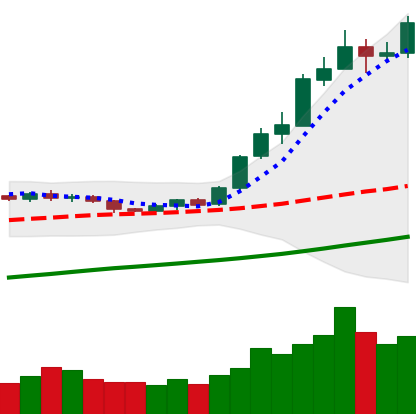
Ticker: ETH-USD
Chart end date: 2020-07-30
Forward return: 16.524%
Label: up_7plus